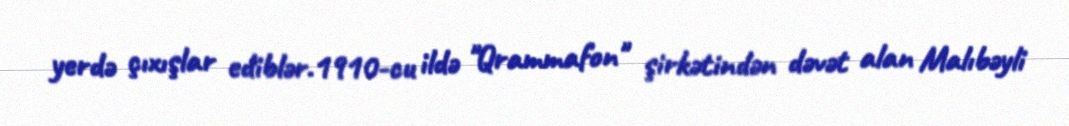
yerdə çıxışlar ediblər.1910-cu ildə "Qrammafon" şirkətindən dəvət alan Malıbəyli